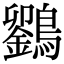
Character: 𪆱